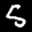
Label: 5